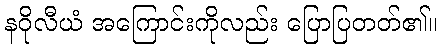
နဝိုလီယံ အကြောင်းကိုလည်း ပြောပြတတ်၏။